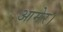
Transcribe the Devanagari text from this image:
आमेर।